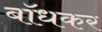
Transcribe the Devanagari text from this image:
बाॅधकर